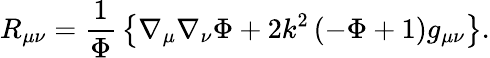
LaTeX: R_{\mu\nu}={\frac{1}{\Phi}}\left\{ \nabla_{\mu}\nabla_{\nu}\Phi+2k^{2}\left(-\Phi+1\right)g_{\mu\nu}\right\} .